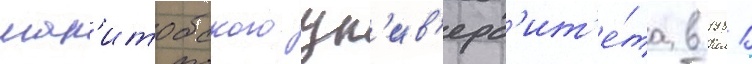
ман'итобского ун'ив'ерс'ит'е́та в 1981